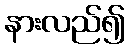
နားလည်၍